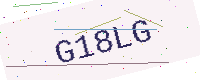
Text: G18LG